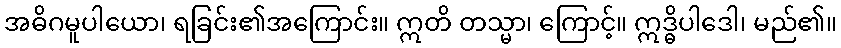
အဓိဂမူပါယော၊ ရခြင်း၏အကြောင်း။ ဣတိ တသ္မာ၊ ကြောင့်။ ဣဒ္ဓိပါဒေါ၊ မည်၏။